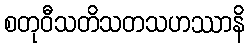
စတုဝီသတိသတသဟဿာနိ